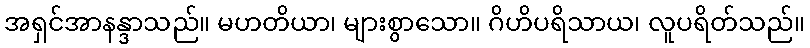
အရှင်အာနန္ဒာသည်။ မဟတိယာ၊ များစွာသော။ ဂိဟိပရိသာယ၊ လူပရိတ်သည်။